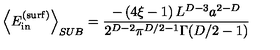
\left\langle E _ { \mathrm { i n } } ^ { \mathrm { ( s u r f ) } } \right\rangle _ { S U B } = \frac { - \left( 4 \xi - 1 \right) L ^ { D - 3 } a ^ { 2 - D } } { 2 ^ { D - 2 } \pi ^ { D / 2 - 1 } \Gamma ( D / 2 - 1 ) }